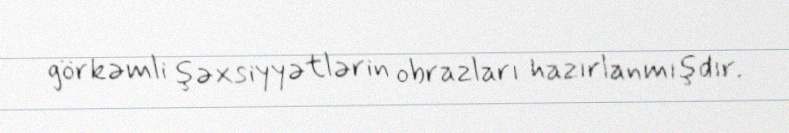
görkəmli şəxsiyyətlərin obrazları hazırlanmışdır.